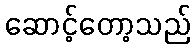
ဆောင့်တော့သည်